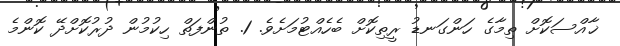
ޚާއްސަކޮށް ތިމާގެ ހަންގަނޑު ރީތިކޮށް ބެހެއްޓުމަށެވެ. 1. ތުންފަތް ހިކުމުން ދުރުކޮށްދޭ ކޮންމެ